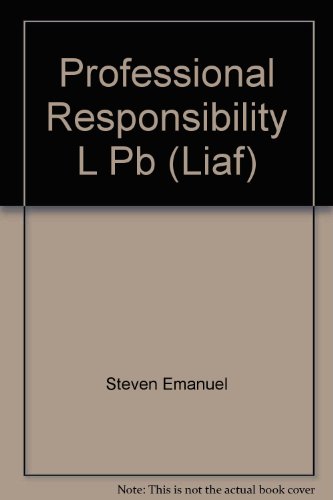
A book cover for Law in a Flash: Professional Responsibility/Mpre (Liaf); Steven Emanuel; Law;